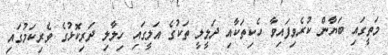
މަތީގައި ބަޔާން ކުރެވިފައިވާ ހެކިތަކާއި ދަލީލީ ތަކުގެ އަލީގައި ހިލާލި ދަރިކޮޅުގެ ވެރިކަމުގައި